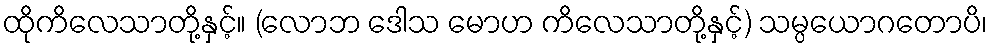
ထိုကိလေသာတို့နှင့်။ (လောဘ ဒေါသ မောဟ ကိလေသာတို့နှင့်) သမ္ပယောဂတောပိ၊